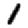
Digit: 1